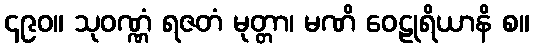
၄၉၀။ သုဝဏ္ဏံ ရဇတံ မုတ္တာ၊ မဏိ ဝေဠုရိယာနိ စ။